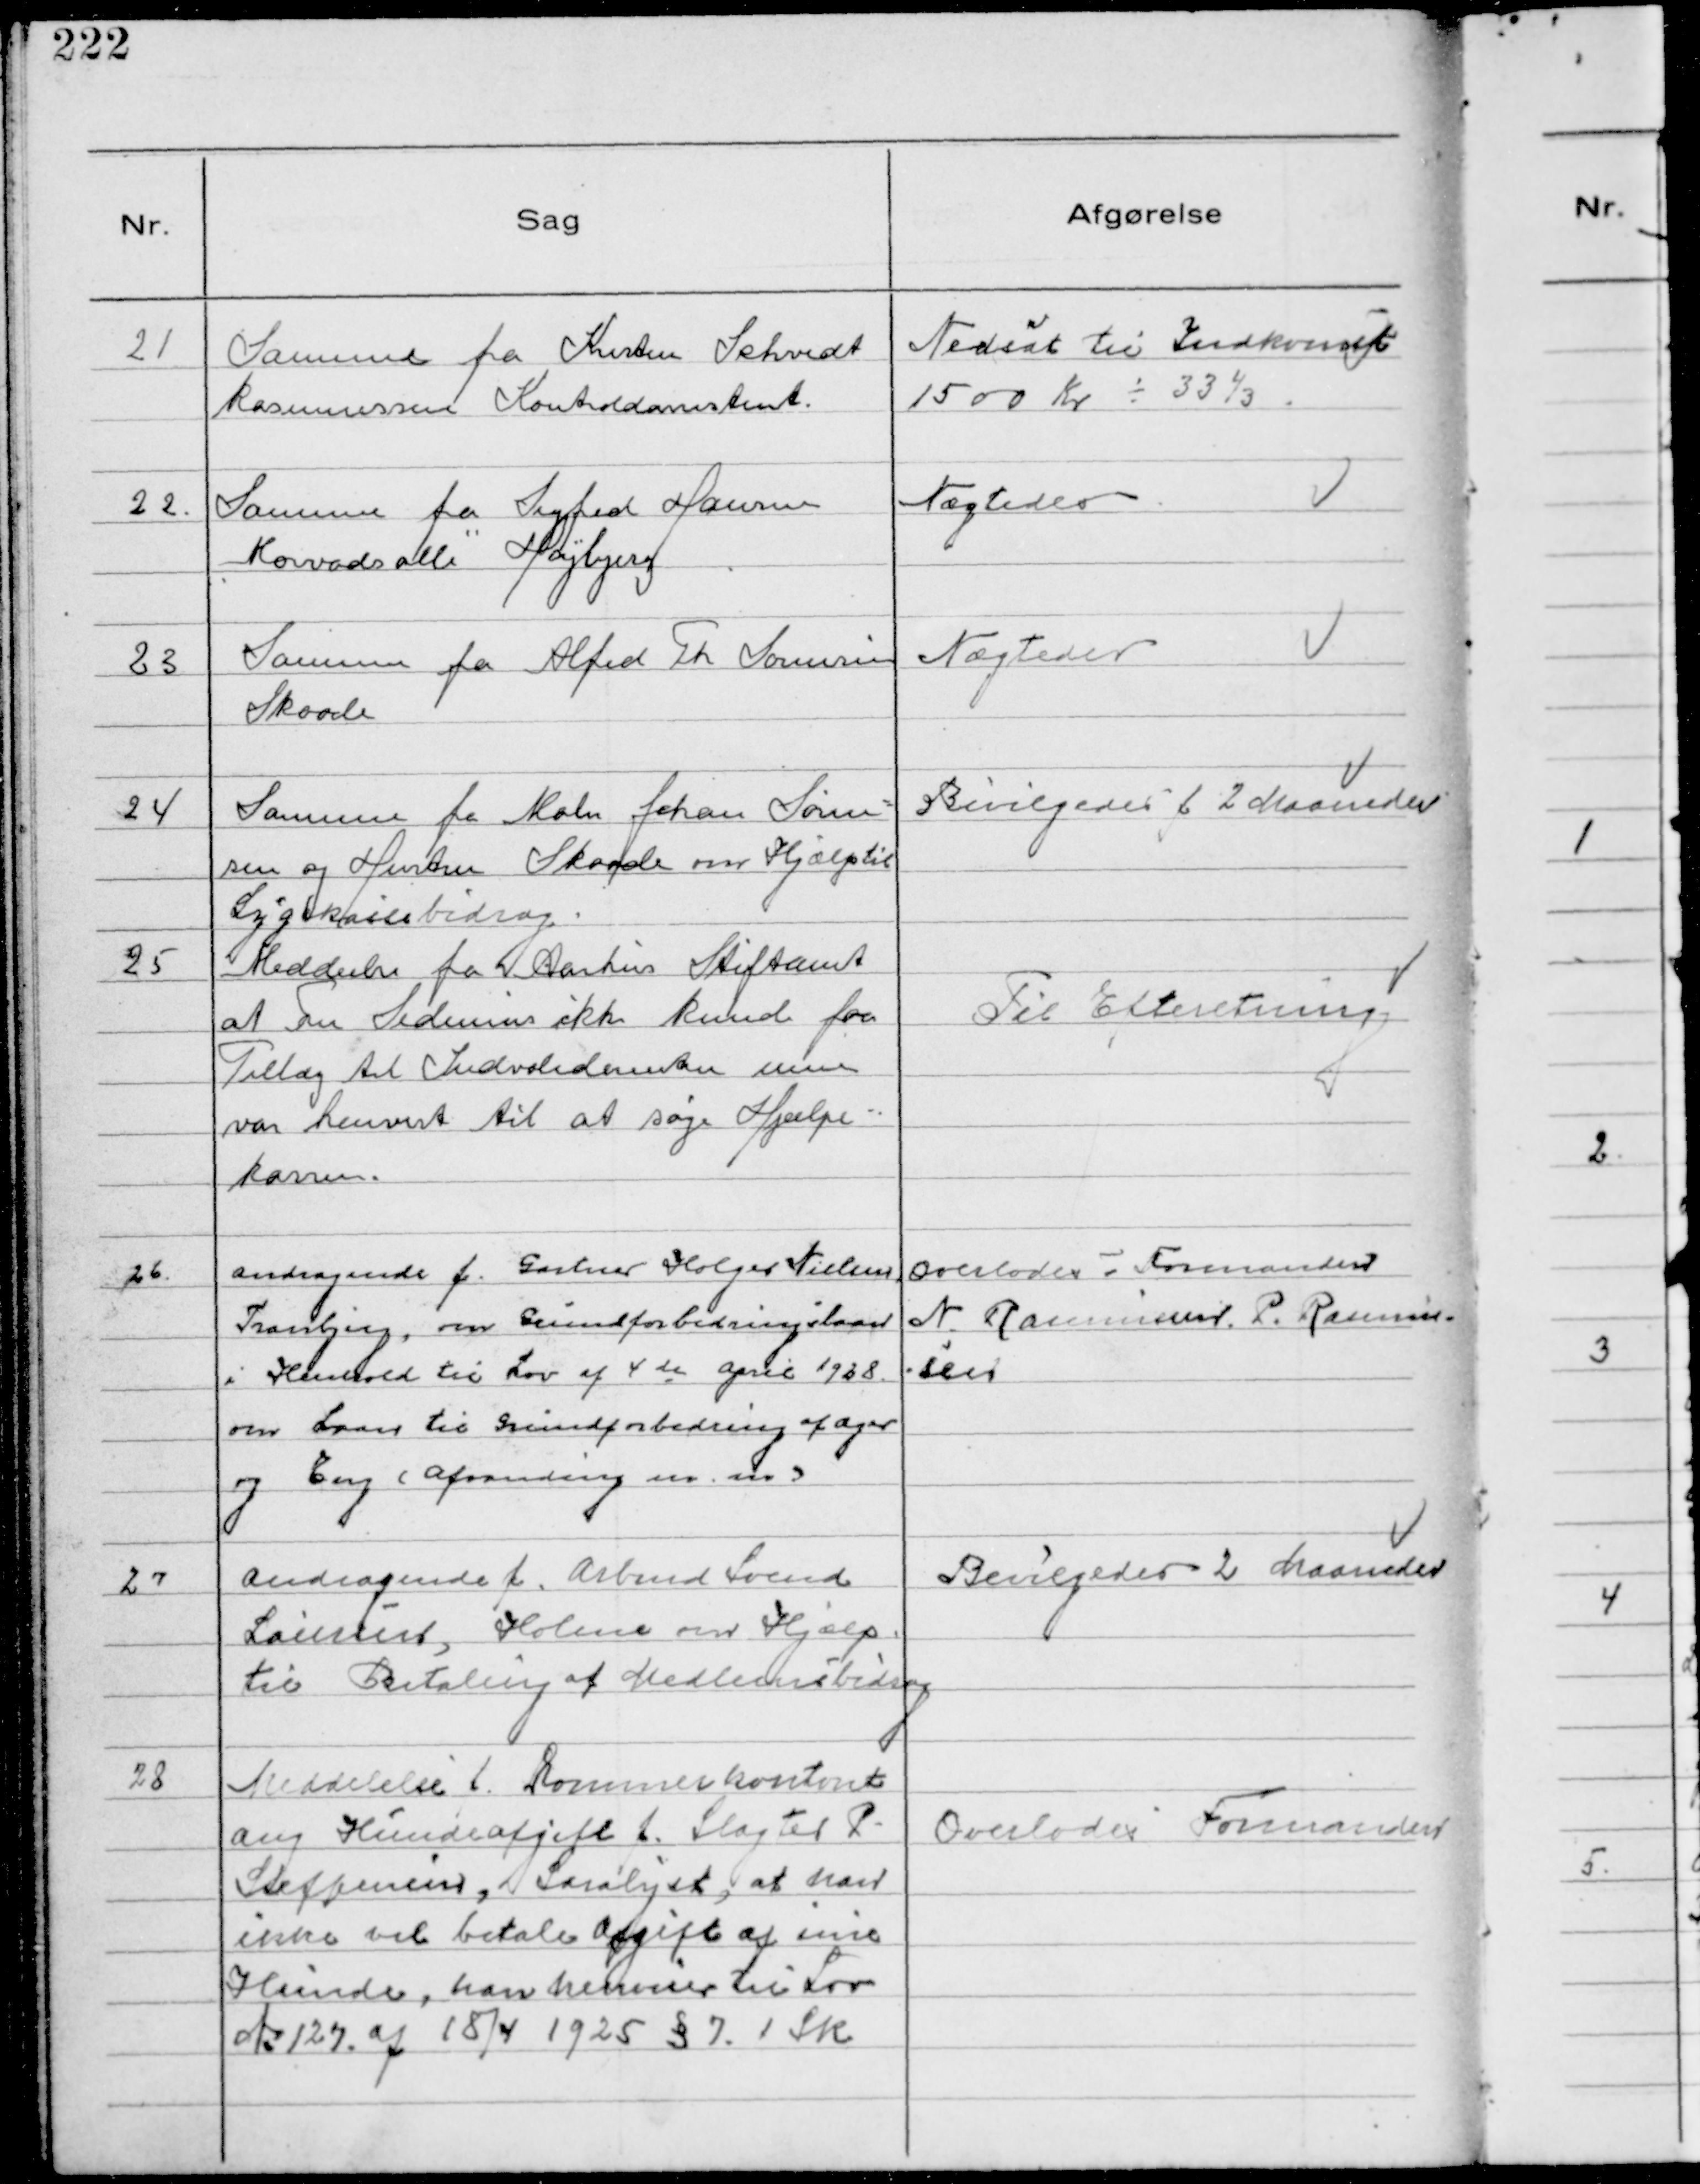
Transskription:
21
Samme fra Kristen Schvidt
Rasmussen Kontroldassistent.

Nedsat til Indkomst
1500 Kr ÷ 33 ⅓

22.
Samme fra Sigfred Hansen
Morvads Alle Højbjerg

Nægtedes

23
Samme fra Alfred Th Sørensen
Skaade

Nægtedes

24
Samme fra Maln Johan Søren-
sen og Hustru Skaade om Hjælp til
Sygekassebidrag.

Bevilgedes f 2 Maaneder

25
Meddeelse fra Aarhus Stiftamt
at Fru Sidenius ikke kunde faa
Tillæg til Indvaliderenten men
var henvist til at søge Hjælpe-
kassen.

Til Efteretning

26.
Andragende f. Gartner Holger Nielsen
Tranbjerg, om Grundforbedringslaan
i Henhold til Lov af 4 de April 1928
om Laan til Grundforbedring af Ager 
og Eng (Afvanding m.m.)

Overlodes Formanden
N. Rasmussen. P. Rasmus-
sen

27
Andragende f. Arbmd Svend
Laursen, Holme om Hjælp
til Betaling af Medlemsbidrag

Bevilgedes 2 Maaneder

28
Meddelelse f. Dommerkontoret
ang Hundeafgift f. Slagter P
Steffensen, Saralyst, at han
ikke vil betale Afgift af sine
Hunde, han henviser til Lov
№127. af 18/4 1925 § 7. 1 Stk

Overlodes Formanden